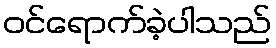
ဝင်ရောက်ခဲ့ပါသည်